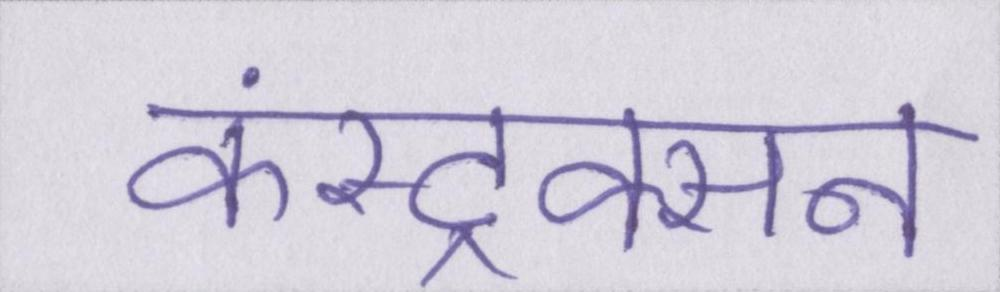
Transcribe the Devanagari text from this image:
कंस्ट्रक्सन